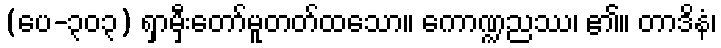
(ပေ-၃၀၃) ရှာမှီးတော်မူတတ်ထသော။ ကောဏ္ဍညဿ၊ ၏။ တာဒိနံ၊